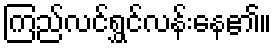
ကြည်လင်ရွှင်လန်းနေ၏။